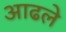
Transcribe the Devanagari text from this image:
आढले